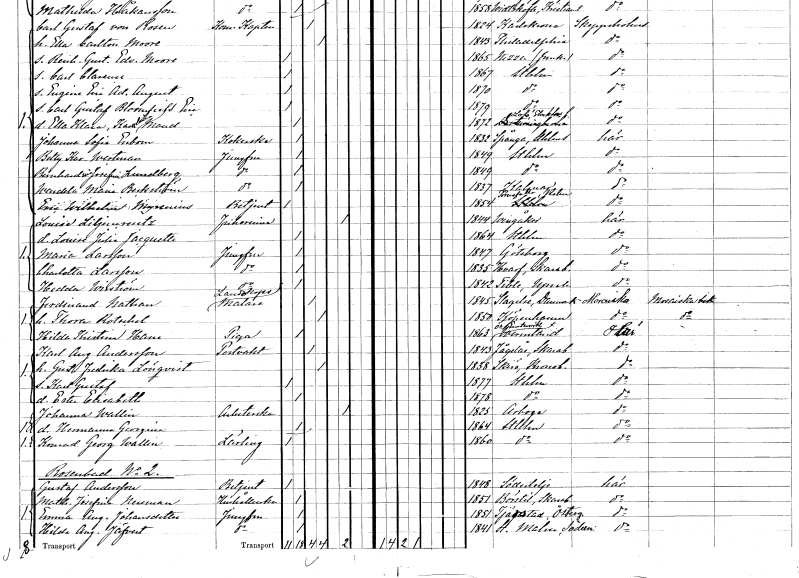
gt_parse: households: individuals: FN: Carl Gustaf
EN: von Rosen
YRKE: Kommendörkapten
KON: M
CIV: G
FODAR: 1824
FODFORS: Karlskrona Blekinge län
FN: Ella
EN: Carlton Moore
KON: K
CIV: G
FODAR: 1843
FN: Reinhold Gustaf Edvard
EN: Moore
KON: M
CIV: O
FODAR: 1865
FN: Carl Clarence
KON: M
CIV: O
FODAR: 1867
FODFORS: Stockholm
FN: Eugéne Eric Adalbert August
KON: M
CIV: O
FODAR: 1870
FODFORS: Stockholm
FN: Carl Gustaf Bloomfield Eric
KON: M
CIV: O
FODAR: 1879
FODFORS: Stockholm
FN: Ella Klara Karolina Maud
KON: K
CIV: O
FODAR: 1872
FODFORS: Lovö Stockholms län
FN: Johanna Sofia
EN: Enbom
YRKE: Kokerska
KON: K
CIV: O
FODAR: 1832
FODFORS: Spånga Stockholms län
FN: Betty Karolina
EN: Wertman
YRKE: Jungfru
KON: K
CIV: O
FODAR: 1849
FODFORS: Stockholm
FN: Bernhardina Josefina
EN: Lundberg
YRKE: Jungfru
KON: K
CIV: O
FODAR: 1849
FODFORS: Stockholm
FN: Wendela Maria
EN: Beckström
YRKE: Jungfru
KON: K
CIV: O
FODAR: 1837
FODFORS: Kalmar Kalmar län
FN: Eric Wilhelm
EN: Myrenius
YRKE: Betjänt
KON: M
CIV: O
FODAR: 1854
FODFORS: Törnsfall Kalmar län
FN: Louise
EN: Liljencreutz
KON: K
CIV: E
FODAR: 1844
FODFORS: Vingåker Södermanlands län
FN: Louise Julia Jacquette
KON: K
CIV: O
FODAR: 1864
FODFORS: Stockholm
FN: Maria
EN: Larsson
YRKE: Jungfru
KON: K
CIV: O
FODAR: 1847
FODFORS: Göteborg Göteborgs- och Bohuslän
FN: Charlotta
EN: Larsson
YRKE: Jungfru
KON: K
CIV: O
FODAR: 1835
FN: Hedda
EN: Wirström
YRKE: Jungfru
KON: K
CIV: O
FODAR: 1842
FODFORS: Tibble Uppsala län
FN: Ferdinand
EN: Nathan
YRKE: Landskapsmålare
KON: M
CIV: G
FODAR: 1845
FN: Thora
EN: Rotschel
KON: K
CIV: G
FODAR: 1850
FN: Hilda Kristina
EN: Hane
YRKE: Piga
KON: K
CIV: O
FODAR: 1863
FODFORS: Östra Ämtervik Värmlands län
FN: Karl August
EN: Andersson
YRKE: Portvakt
KON: M
CIV: G
FODAR: 1843
FODFORS: Fågelås Skaraborgs län
FN: Gustafva Fredrika
EN: Lönqvist
KON: K
CIV: G
FODAR: 1838
FODFORS: Skirö Jönköpings län
FN: Karl Gustaf
KON: M
CIV: O
FODAR: 1877
FODFORS: Stockholm
FN: Ester Elisabeth
KON: K
CIV: O
FODAR: 1878
FODFORS: Stockholm
FN: Johanna
EN: Wallin
YRKE: Arbeterska
KON: K
CIV: E
FODAR: 1825
FODFORS: Arboga Västmanlands län
FN: Hermanna Georgina
KON: K
CIV: O
FODAR: 1864
FODFORS: Stockholm
FN: Konrad Georg
EN: Wallin
YRKE: Lärling
KON: M
CIV: O
FODAR: 1860
FODFORS: Stockholm
FN: Gustaf
EN: Andersson
YRKE: Betjänt
KON: M
CIV: O
FODAR: 1848
FODFORS: Södertälje Stockholms län
FN: Mathilda Josefina
EN: Neuman
YRKE: Hushållerska
KON: K
CIV: O
FODAR: 1851
FODFORS: Börstig Skaraborgs län
FN: Emma Augusta
EN: Johansdotter
YRKE: Jungfru
KON: K
CIV: O
FODAR: 1851
FODFORS: Tjärstad Östergötlands län
FN: Hilda Augusta
EN: Jäfvert
YRKE: Jungfru
KON: K
CIV: O
FODAR: 1841
FODFORS: Stora Malm Södermanlands län